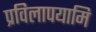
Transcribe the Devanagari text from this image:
प्रविलापयामि